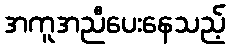
အကူအညီပေးနေသည့်